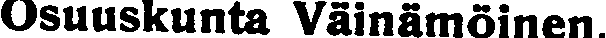
Osuuskunta Väinämöinen.